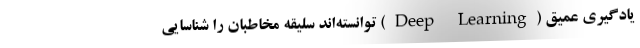
یادگیری عمیق (Deep Learning) توانسته­اند سلیقه مخاطبان را شناسایی